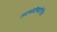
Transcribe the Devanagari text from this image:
तटबंदीबाहेरील